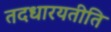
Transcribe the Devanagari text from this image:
तदधारयतीति